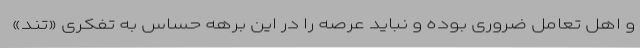
و اهل تعامل ضروری بوده و نباید عرصه را در این برهه حساس به تفکری «تند»